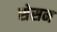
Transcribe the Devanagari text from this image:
सेसन